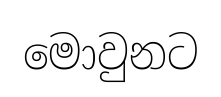
මොවුනට